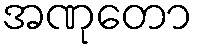
အဏုတော